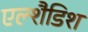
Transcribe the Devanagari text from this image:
एल्शैडिश